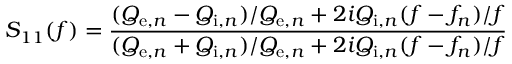
S _ { 1 1 } ( f ) = \frac { ( Q _ { \mathrm { e } , n } - Q _ { \mathrm { i } , n } ) / Q _ { \mathrm { e } , n } + 2 i Q _ { \mathrm { i } , n } ( f - f _ { n } ) / f } { ( Q _ { \mathrm { e } , n } + Q _ { \mathrm { i } , n } ) / Q _ { \mathrm { e } , n } + 2 i Q _ { \mathrm { i } , n } ( f - f _ { n } ) / f }